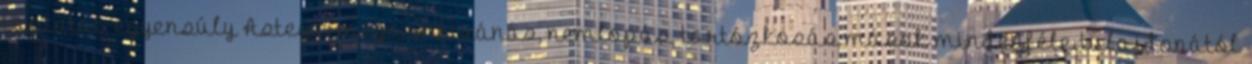
tapintat, egyensúly Asteya: megnemkívánás, nemlopás, tartózkosás mások mindenféle tulajdonától